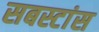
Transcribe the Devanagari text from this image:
सबस्टांस